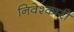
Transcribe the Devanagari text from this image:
निवेश्कारी